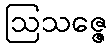
ဩသဇ္ဇေ